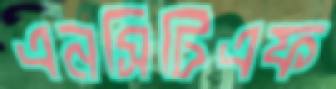
এনসিটিএফ